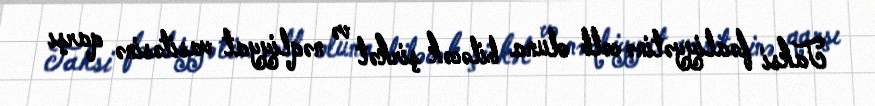
Taksi fəaliyyətinə cəlb oluna biləcək şirkət və nəqliyyat vasitəsinə qarşı